Lunatic asylums United Provinces 1899-1908 - 1899-1908
Year: 1899
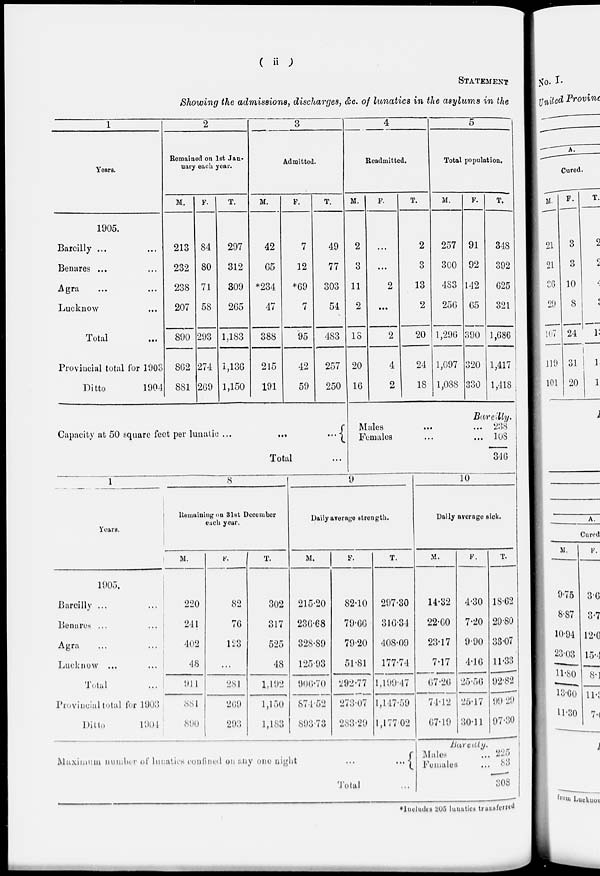
( ii )
STATEMENT
Showing the admissions, discharges, &c. of lunatics in the asylums in the
1
Years.
1905.
Bareilly ... ...
Benares ... ...
Agra
...
...
Lucknow ...
Total
...
Provincial total for 1903
Ditto
1904
2
Remained on 1st Jan-
nuary each year.
M.
213
232
238
207
890
862
881
F.
84
80
71
58
293
274
269
T.
297
312
309
265
1,183
1,136
1,150
3
Admitted.
M.
42
65
*234
47
388
215
191
F.
7
12
*69
7
95
42
59
T.
49
77
303
54
483
257
250
4
Readmitted.
M.
2
3
11
2
18
20
16
F.
...
...
2
...
2
4
2
T.
2
3
13
2
20
24
18
5
Total population.
M.
257
300
483
256
1,296
1,097
1,088
F.
91
92
142
65
390
320
330
T.
348
392
625
321
1,686
1,417
1,418
Capacity at 50 square feet per lunatic ...
...
...
Total ...
Bareilly.
Males... ...
Females ... ...
238
108
346
1
Years.
1905.
Bareilly ... ...
Benares ...
...
Agra ... ...
Lucknow ... ...
Total ...
Provincial total for 1903
Ditto
1904
8
Remaining on 31st December
each year.
M.
220
241
402
48
911
881
890
F.
82
76
123
...
281
269
293
T.
302
317
525
48
1,192
1,150
1,183
9
Daily average strength.
M.
215.20
236.68
328.89
125.93
906.70
874.52
893.73
F.
82.10
79.66
79.20
51.81
292.77
273.07
283.29
T.
297.30
316.34
408.09
177.74
1,199.47
1,147.59
1,177.02
10
Daily average sick.
M.
14.32
22.60
23.17
7.17
67.26
74.12
67.19
F.
4.30
7.20
9.90
4.16
25.56
25.17
30.11
T.
18.62
29.80
33.07
11.33
92.82
99.29
97.30
Maximum number of lunatics confined on any one night
...
...
Total ...
Bareilly.
Males ...
Females ...
225
83
308
*Includes 205 lunatics transferred